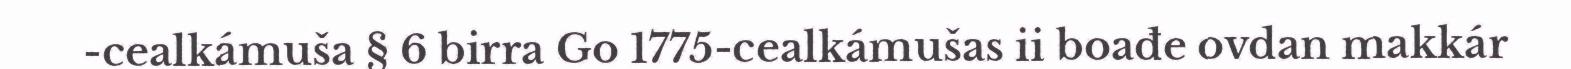
-cealkámuša § 6 birra Go 1775-cealkámušas ii boađe ovdan makkár